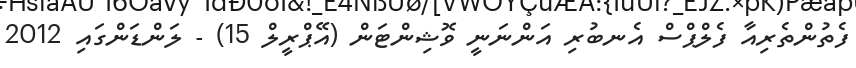
ފެތުންތެރިއާ ފެލްޕްސް އެނބުރި އަންނަނީ ވޮޝިންޓަން (އޭޕްރީލް 15) - ލަންޑަންގައި 2012